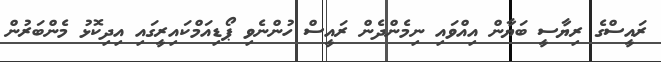
ރައީސްގެ ރިޔާސީ ބަޔާން އިއްވައި ނިމެންދެން ރައީސް ހުންނެވި ޕޯޑިއަމްކައިރީގައި އިދިކޮޅު މެންބަރުން